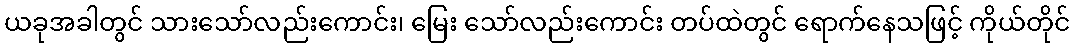
ယခုအခါတွင် သားသော်လည်းကောင်း၊ မြေး သော်လည်းကောင်း တပ်ထဲတွင် ရောက်နေသဖြင့် ကိုယ်တိုင်